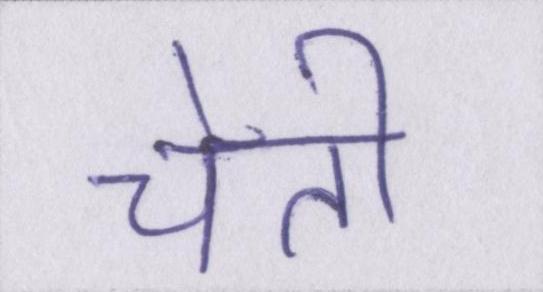
चेती